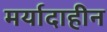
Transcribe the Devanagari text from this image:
मर्यादाहीन